Indian journal of veterinary science and animal husbandry - Volumes 18-21, 1948-1951
Year: 1948
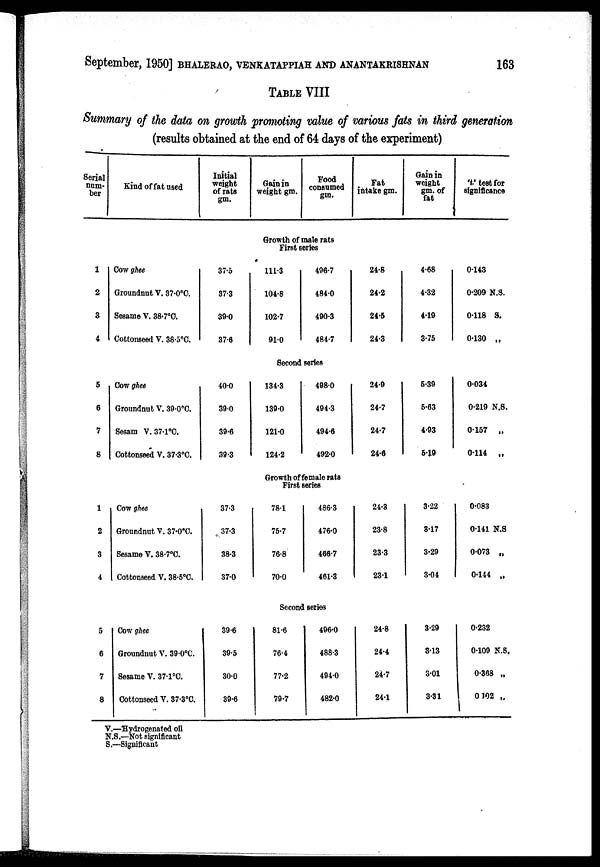
September, 1950] BHALERAO, VENKATAPPIAH AND ANANTAKRISHNAN 163
TABLE VIII
Summary of the data on growth promoting value of various fats in third generation
(results obtained at the end of 64 days of the experiment)
Serial
num-
ber
Kind of fat used
Initial
weight
of rats
gm.
Gain in
weight gm.
Food
consumed
gm.
Fat
intake gm.
Gain in
weight
gm. of
fat
't' test for
significance
Growth of male rats
First series
1
2
3
4
Cow ghee
Groundnut V. 37.0°C.
Sesame V. 38.7°C.
Cottonseed V. 38.5°C.
37.5
37.3
39.0
37.6
111.3
104.8
102.7
91.0
496.7
484.0
490.3
484.7
24.8
24.2
24.5
24.3
4.68
4.32
4.19
3.75
0.143
0.209 N.S.
0.118 S.
0.130 „
Second series
5
6
7
8
Cow ghee
Groundnut V. 39.0°C.
Sesam V. 37.1°C.
Cottonseed V. 37.3°C.
40.0
39.0
39.6
39.3
134.3
139.0
121.0
124.2
498.0
494.3
494.6
492.0
24.9
24.7
24.7
24.6
6.39
5.63
4.93
5.19
0.034
0.219 N.S.
0.157
„
0.114
„
Growth of female rats
First series
1
2
3
4
Cow ghee
Groundnut V. 37.0°C.
Sesame V. 38.7°C.
Cottonseed V. 38.5°C.
37.3
37.3
38.3
37.0
78.1
75.7
76.8
70.0
486.3
476.0
466.7
461.3
24.3
23.8
23.3
23.1
3.22
3.17
3.29
3.04
0.083
0.141 N.S
0.073 „
0.144 „
Second series
5
6
7
8
Cow ghee
Groundnut V. 39.0°C.
Sesame V. 37.1°C.
Cottonseed V. 37.3°C.
39.6
39.5
30.0
39.6
81.6
76.4
77.2
79.7
496.0
488.3
494.0
482.0
24.8
24.4
24.7
24.1
3.29
3.13
3.01
3.31
0.232
0.109 N.S.
0.308 „
0 102 „
V.—Hydrogenated oil
N.S.—Not significant
S.—Significant